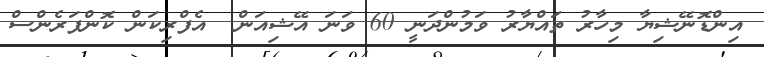
އިންޑޮނޭޝިޔާ މިހާރު ތައްޔާރު ވަމުންދަނީ 60 ވަނަ އޭޝިއަން  އެފްރިކަން ކޮންފަރެންސް